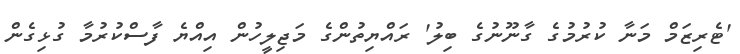
'ޓެރިޒަމް މަނާ ކުރުމުގެ ގާނޫނުގެ ބިލު' ރައްޔިތުންގެ މަޖިލީހުން އިއްޔެ ފާސްކުރުމާ ގުޅިގެން